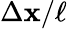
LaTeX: \Delta\mathbf{x}/\ell